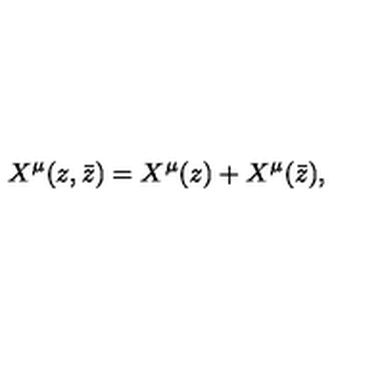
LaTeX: X ^ { \mu } ( z , \bar { z } ) = X ^ { \mu } ( z ) + X ^ { \mu } ( \bar { z } ) ,